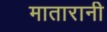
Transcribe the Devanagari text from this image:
मातारानी